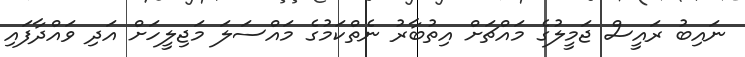
ނައިބު ރައީސް ޖަމީލުގެ މައްޗަށް އިތުބާރު ނެތްކަމުގެ މައްސަލަ މަޖިލީހަށް އަދި ވައްދާފައި